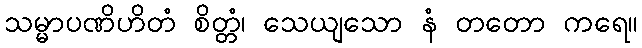
သမ္မာပဏိဟိတံ စိတ္တံ၊ သေယျသော နံ တတော ကရေ။